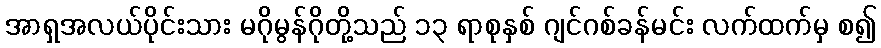
အာရှအလယ်ပိုင်းသား မဂိုမွန်ဂိုတို့သည် ၁၃ ရာစုနှစ် ဂျင်ဂစ်ခန်မင်း လက်ထက်မှ စ၍